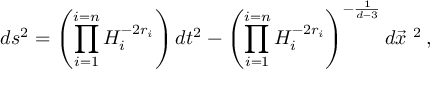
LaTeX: d s ^ { 2 } = \left( \prod _ { i = 1 } ^ { i = n } H _ { i } ^ { - 2 r _ { i } } \right) d t ^ { 2 } - \left( \prod _ { i = 1 } ^ { i = n } H _ { i } ^ { - 2 r _ { i } } \right) ^ { - \frac { 1 } { d - 3 } } d \vec { x } ^ { \ 2 } \, ,